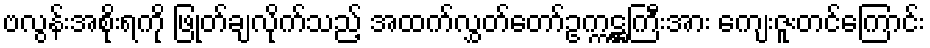
ဗလွန်းအစိုးရကို ဖြုတ်ချလိုက်သည့် အထက်လွှတ်တော်ဥက္ကဋ္ဌကြီးအား ကျေးဇူးတင်ကြောင်း